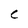
Character: C